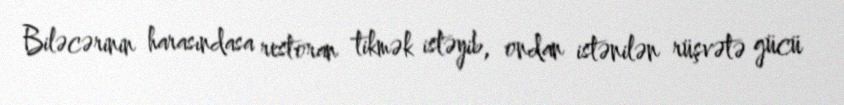
Biləcərinin harasındasa restoran tikmək istəyib, ondan istənilən rüşvətə gücü